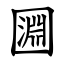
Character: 㘤